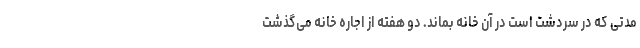
مدتی که در سردشت است در آن خانه بماند. دو هفته از اجاره خانه می‌گذشت